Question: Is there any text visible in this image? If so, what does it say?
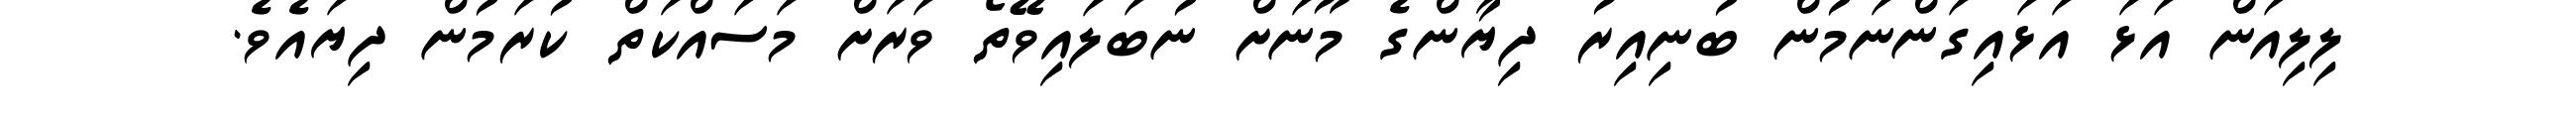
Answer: ލިލިއަން އަޅަ އަޅައިގަންނަމުން ބުނިއިރު ދިޔާންގެ މޫނަށް ނުބަލައިވޭތޯ ވަރަށް މަސައްކަތް ކުރަމުން ދިޔައެވެ.